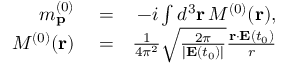
\begin{array} { r l r } { m _ { \mathbf { p } } ^ { ( 0 ) } } & { { } = } & { - i \int d ^ { 3 } \mathbf { r } \, { \cal M } ^ { ( 0 ) } ( \mathbf { r } ) , } \\ { { \cal M } ^ { ( 0 ) } ( \mathbf { r } ) } & { { } = } & { \frac { 1 } { 4 \pi ^ { 2 } } \sqrt { \frac { 2 \pi } { | \mathbf { E } ( t _ { 0 } ) | } } \frac { \mathbf { r } \cdot \mathbf { E } ( t _ { 0 } ) } { r } } \end{array}